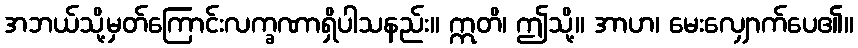
အဘယ်သို့မှတ်ကြောင်းလက္ခဏာရှိပါသနည်း။ ဣတိ၊ ဤသို့။ အာဟ၊ မေးလျှောက်ပေ၏။